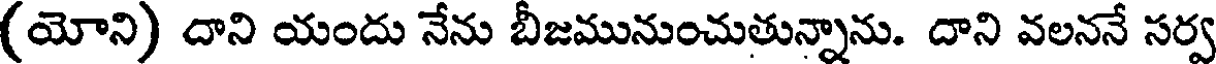
(యోని) దాని యందు నేను బీజమునుంచుతున్నాను. దాని వలననే సర్వ